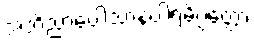
အဘိညာဝေါသာနပါရမိပ္ပတ္တော